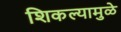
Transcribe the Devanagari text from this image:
शिकल्यामुळे